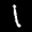
Label: 1